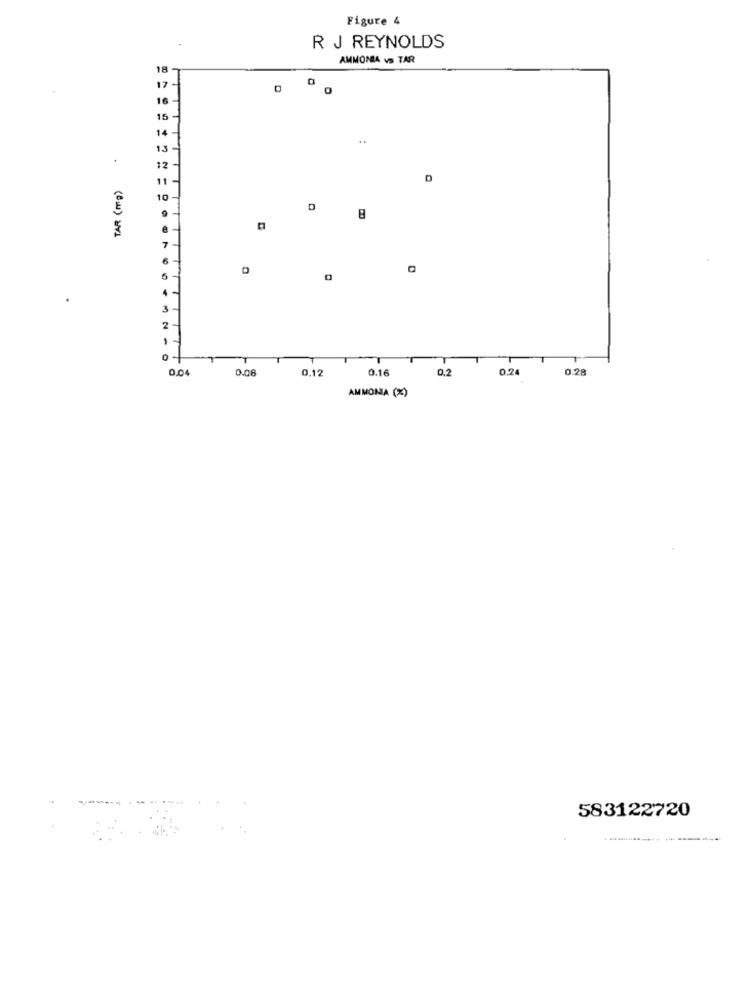
Figure 4
R J REYNOLDS
AMMONIA vs TAR
18
17
10
15
13
12
TAR (mg)
.
2
1
0.0
0.08
0.12
0.16
0.2
0.24
0.28
AMMONIA (%)
583122720
-----